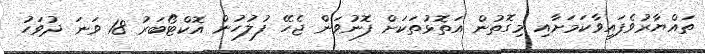
ތައްޔާރުވެފައިވާކަމަށާއި މިގޮތުން އަތޮޅުތަކަށް ފޮނުވަން ޖެހޭ ފުލުހުން އޮކްޓޯބަރު 18 ވަނަ ދުވަހު